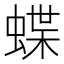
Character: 蝶